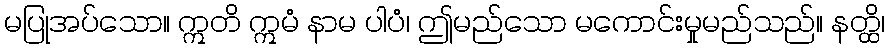
မပြုအပ်သော။ ဣတိ ဣမံ နာမ ပါပံ၊ ဤမည်သော မကောင်းမှုမည်သည်။ နတ္ထိ၊